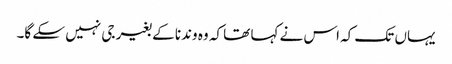
یہاں تک کہ اس نے کہا تھا کہ وہ وندنا کے بغیر جی نہیں سکے گا۔